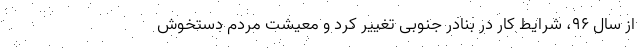
از سال ۹۶، شرایط کار در بنادر جنوبی تغییر کرد و معیشت مردم دستخوش